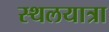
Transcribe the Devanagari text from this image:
स्थलयात्रा